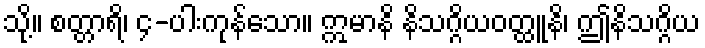
သို့။ စတ္တာရိ၊ ၄-ပါးကုန်သော။ ဣမာနိ နိသဂ္ဂိယဝတ္ထူနိ၊ ဤနိသဂ္ဂိယ